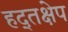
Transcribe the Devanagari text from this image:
हद्तक्षेप